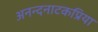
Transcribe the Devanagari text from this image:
अनन्दनाटकप्रिया